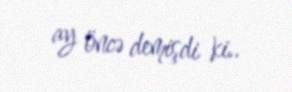
ay öncə demişdi ki..